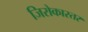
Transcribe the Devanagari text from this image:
जिरोकास्तर